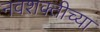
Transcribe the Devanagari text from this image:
नवशक्तीच्या